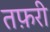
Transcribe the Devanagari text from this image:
तफ़री